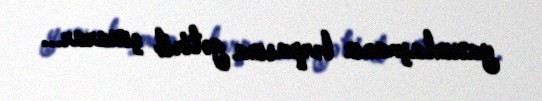
yaxınlaşmanın bərpasına gətirib çıxarar...